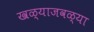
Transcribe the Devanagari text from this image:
खळ्याजवळ्या